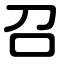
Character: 召